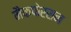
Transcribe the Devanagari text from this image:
मैकफेरसन